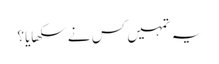
یہ تمہیں کس نے سکھایا؟